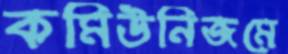
কমিউনিজমে